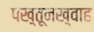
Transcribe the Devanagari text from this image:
पख़्तूनख़्वाह